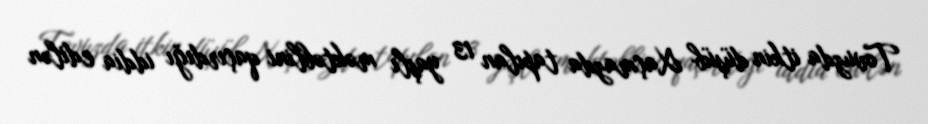
Tovuzda itkin düşüb Xaçmazda tapılan 13 yaşlı məktəblini qaçırdığı iddia edilən